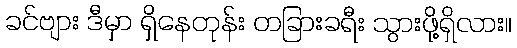
ခင်ဗျား ဒီမှာ ရှိနေတုန်း တခြားခရီး သွားဖို့ရှိလား။